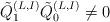
LaTeX: \begin{align*}\tilde{Q}^{(L, I)}_1 \tilde{Q}^{(L, I)}_0 \neq 0\,\end{align*}